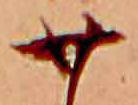
廿